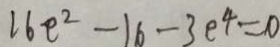
1 6 e ^ { 2 } - 1 6 - 3 e ^ { 4 } = 0